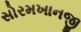
સોરમખાનજી